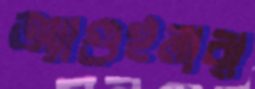
অ্যাগুইলারা